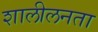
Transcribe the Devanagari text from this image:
शालीलनता